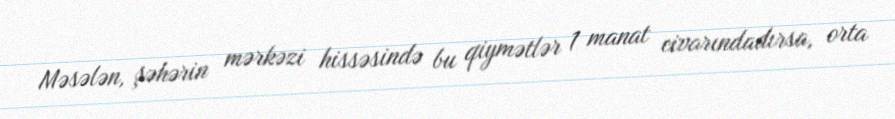
Məsələn, şəhərin mərkəzi hissəsində bu qiymətlər 1 manat civarındadırsa, orta